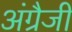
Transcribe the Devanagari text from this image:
अंग्रैजी